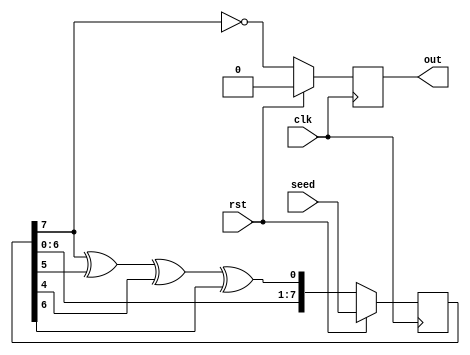
module lfsr_logic(clk, rst, seed, out);
    parameter SEED_SIZE = 8;
    parameter REG_SIZE = 8;
    input clk, rst;
    input [SEED_SIZE-1:0] seed;
    output reg out;

    wire feedback;
    reg [REG_SIZE-1:0] lfsrchain;

    assign feedback = ((lfsrchain[REG_SIZE-1]^lfsrchain[REG_SIZE-3])^lfsrchain[REG_SIZE-4])^lfsrchain[REG_SIZE-2];

    always @(posedge clk) begin
        if (rst) begin
            lfsrchain <= seed;
            out <= 1'b0;
        end
        else begin
            lfsrchain <= {lfsrchain[REG_SIZE-2:0], feedback};
            out <= ~lfsrchain[REG_SIZE-1];
        end
    end
endmodule